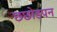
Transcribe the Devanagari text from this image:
छछोडपन